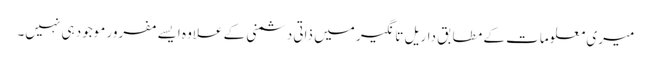
میری معلومات کے مطابق داریل تانگیر میں ذاتی دشمنی کے علاوہ ایسے مفرور موجود ہی نہیں۔